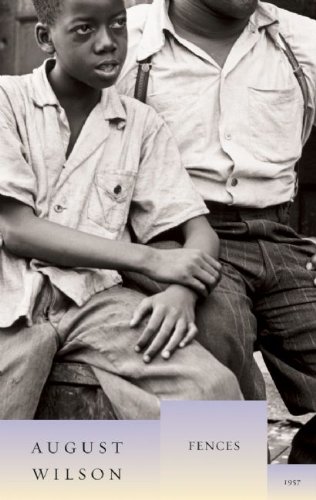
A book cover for Fences (August Wilson Century Cycle); August Wilson; Literature & Fiction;